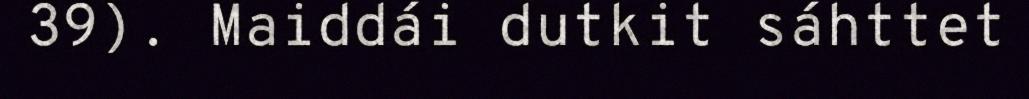
39). Maiddái dutkit sáhttet